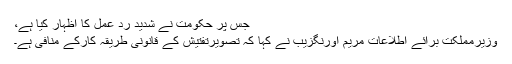
جس پر حکومت نے شدید رد عمل کا اظہار کیا ہے،
وزیرمملکت برائے اطلاعات مریم اورنگزیب نے کہا کہ تصویرتفتیش کے قانونی طریقہ کارکے منافی ہے۔